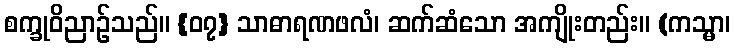
စက္ခုဝိညာဉ်သည်။ {၀၇} သာဓာရဏဖလံ၊ ဆက်ဆံသော အကျိုးတည်း။ (ကသ္မာ၊